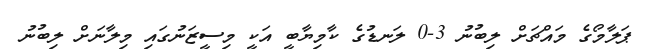
ޕަލާމޯގެ މައްޗަށް ލިބުނު 3-0 ލަނޑުގެ ކާމިޔާބީ އަކީ މިސީޒަނުގައި މިލާނަށް ލިބުނު